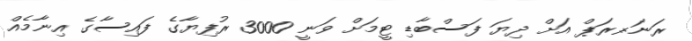
ރަނަރ-ރަޕް އަށް ދިޔަ ފަސްބާޑި ޓީމަށް ވަނީ 3000 ރުފިޔާގެ ފައިސާގެ އިނާމެއް